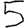
Digit: 5